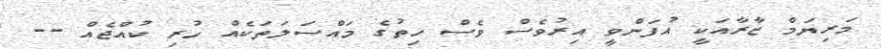
މަރިޔަމް ޒާރާއަކީ އުފަންވީ އިރުވެސް ވެސް ހިތުގެ މައްސަލަތަކެއް ހުރި ކުއްޖެއް --